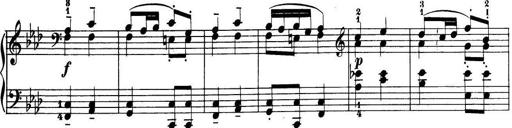
Title: 32 Sonatinas and Rondos for the Piano
Composer: Richard Kleinmichel